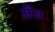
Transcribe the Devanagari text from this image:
मँज